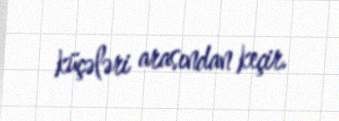
küçələri arasından keçir.